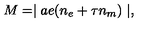
M = \mid a e ( n _ { e } + \tau n _ { m } ) \mid ,